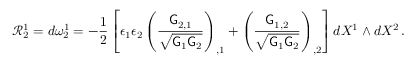
\mathcal { R } ^ { 1 } _ { 2 } = d \omega ^ { 1 } _ { 2 } = - \frac { 1 } { 2 } \left[ \epsilon _ { 1 } \epsilon _ { 2 } \left( \frac { \mathsf { G } _ { 2 , 1 } } { \sqrt { \mathsf { G } _ { 1 } \mathsf { G } _ { 2 } } } \right) _ { , 1 } + \left( \frac { \mathsf { G } _ { 1 , 2 } } { \sqrt { \mathsf { G } _ { 1 } \mathsf { G } _ { 2 } } } \right) _ { , 2 } \right] d X ^ { 1 } \wedge d X ^ { 2 } \, .